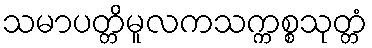
သမာပတ္တိမူလကသက္ကစ္စသုတ္တံ